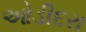
ઓડીદરા